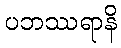
ပဘဿရာနိ